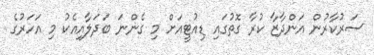
ސަރުކާރުން އަންދާޒާ ކުރާ ގޮތުގައި ޑިއުޓީއަށް މި ގެންނަ ބަދަލާއިއެކު މި އަހަރުގެ